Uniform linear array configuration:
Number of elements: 48
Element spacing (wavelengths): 0.25
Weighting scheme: blackman
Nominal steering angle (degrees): -30
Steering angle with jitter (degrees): -30.129
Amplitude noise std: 0.05
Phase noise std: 0.05

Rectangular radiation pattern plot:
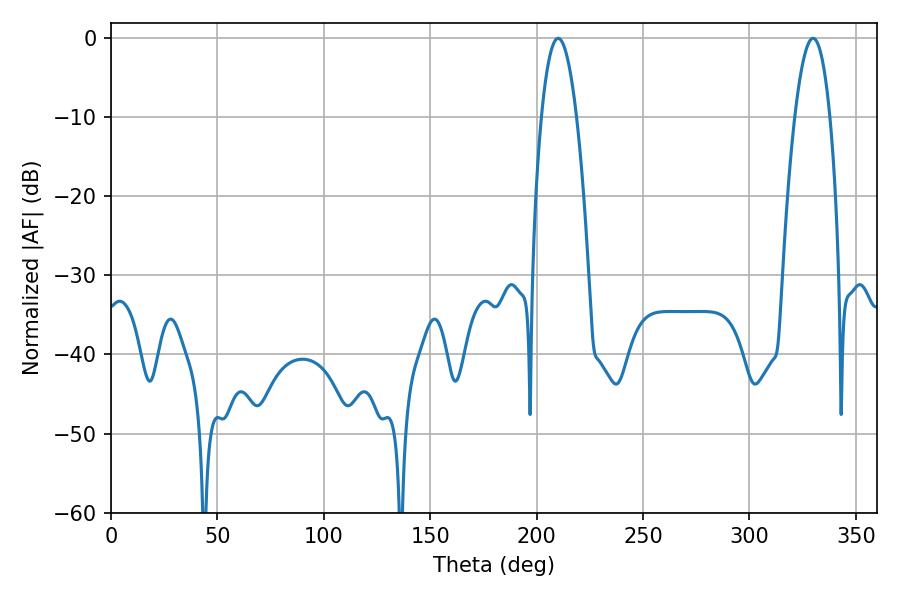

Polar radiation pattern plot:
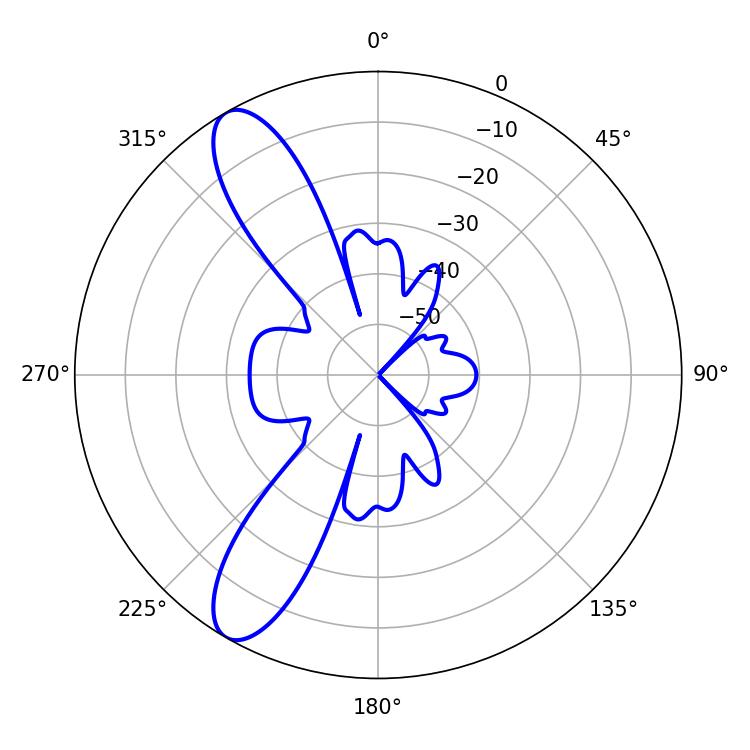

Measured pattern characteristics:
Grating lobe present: FALSE
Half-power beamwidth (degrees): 9
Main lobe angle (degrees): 210.06